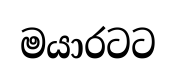
මයාරටට